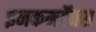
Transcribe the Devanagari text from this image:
इनकमटॅक्स